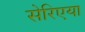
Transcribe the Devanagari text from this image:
सेरिएया